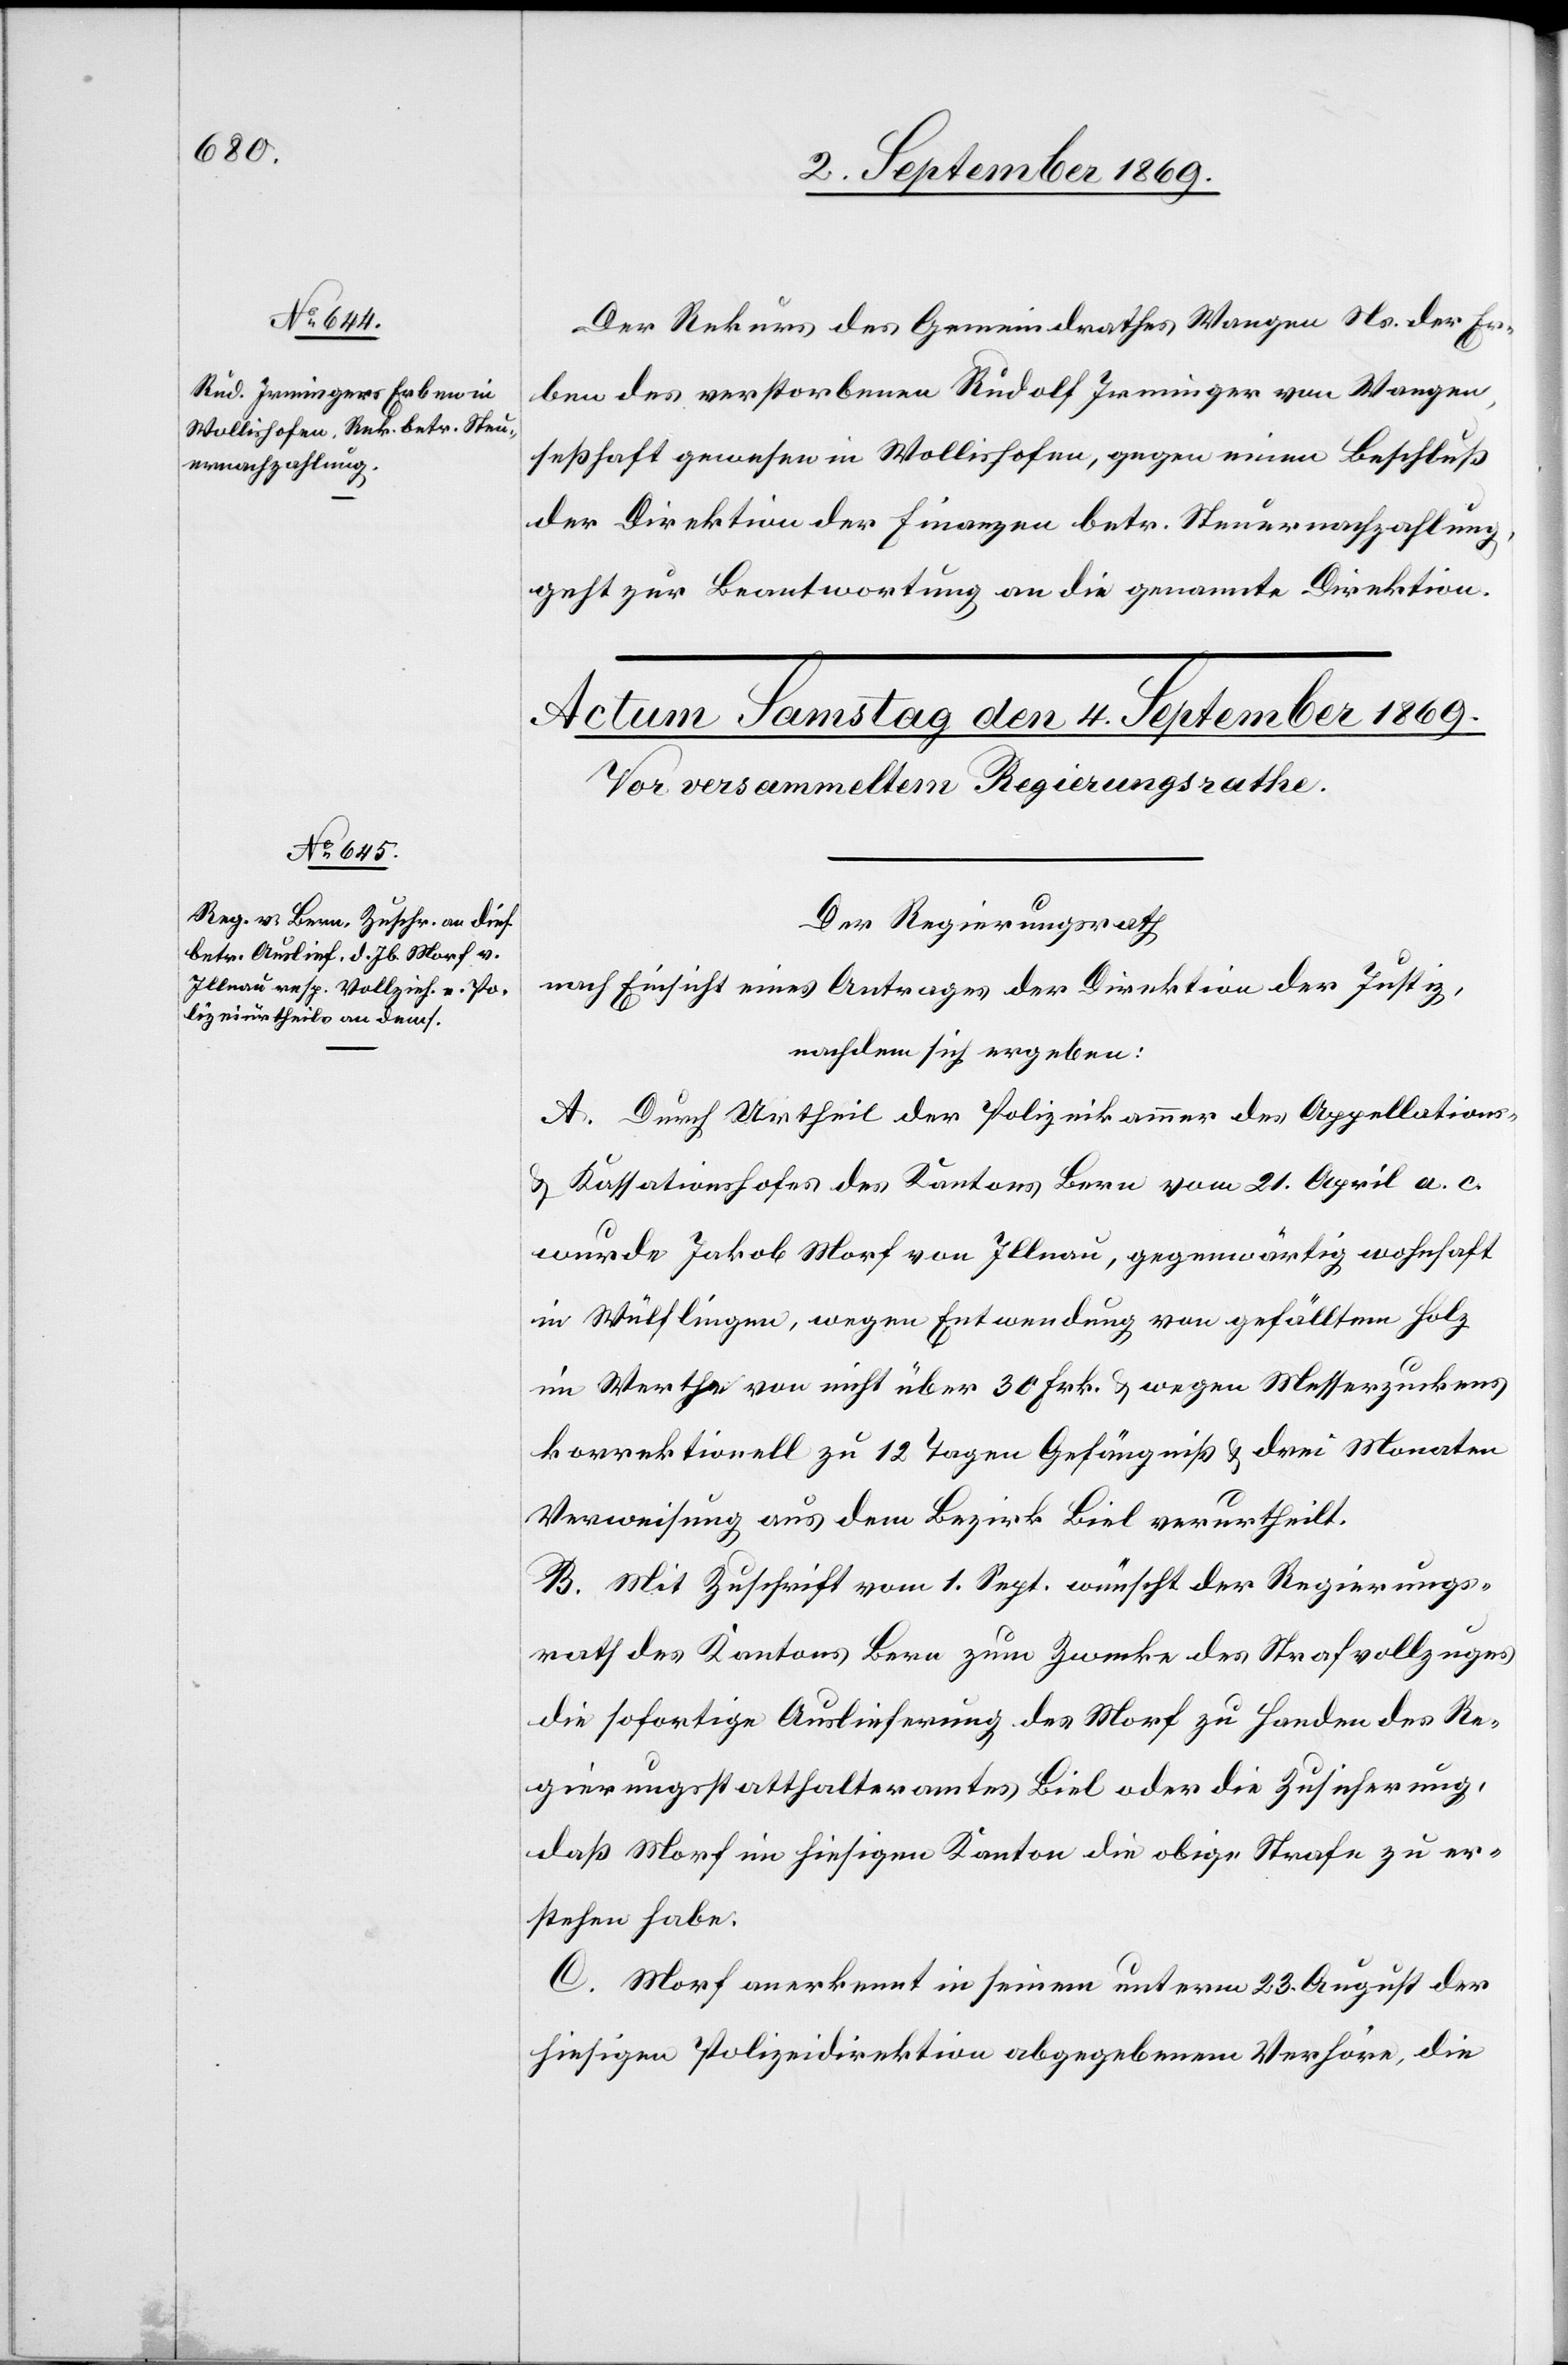
3. September 1869.]
Der Rekurs des Gemeindrathes Wangen Ns. der Er¬
ben des verstorbenen Rudolf Irminger von Wangen,
seßhaft gewesen in Wollishofen, gegen einen Beschluß
der Direktion der Finanzen betr. Steuernachzahlung,
geht zur Beantwortung an die genannte Direktion.
Der Regierungsrath
nach Einsicht eines Antrages der Direktion der Justiz,
nachdem sich ergeben:
A. Durch Urtheil der Polizeikammer des Appellations-
& Kassationshofes des Kantons Bern vom 21. April a. c.
wurde Jakob Morf von Illnau, gegenwärtig wohnhaft
in Wülflingen, wegen Entwendung von gefälltem Holz
im Werthe von nicht über 30 Frk. & wegen Messerzuckens
korrektionell zu 12 Tagen Gefängniß & drei Monaten
Verweisung aus dem Bezirk Biel verurtheilt.
B. Mit Zuschrift vom 1. Sept. wünscht der Regierungs¬
rath des Kantons Bern zum Zwecke des Strafvollzuges
die sofortige Auslieferung des Morf zu Handen des Re¬
gierungsstatthalteramtes Biel oder die Zusicherung,
daß Morf im hiesigen Kanton die obige Strafe zu er¬
stehen habe.
C. Morf anerkennt in seinem unterm 23. August der
hiesigen Polizeidirektion abgegebenem Verhöre, die